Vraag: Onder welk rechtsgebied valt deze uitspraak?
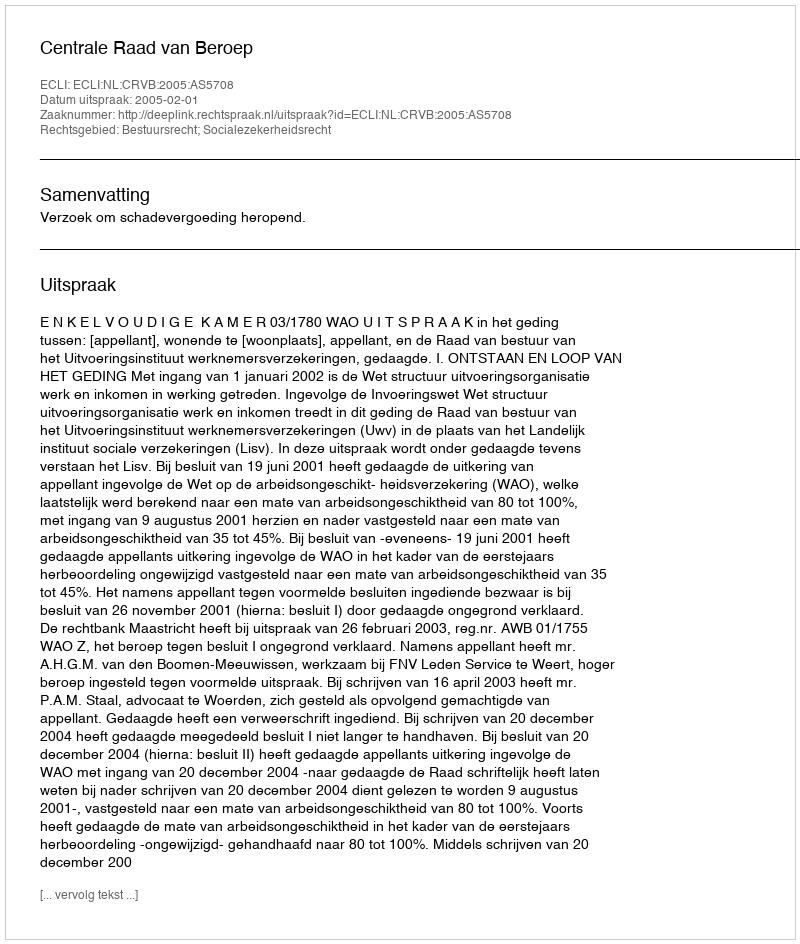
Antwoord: Bestuursrecht; Socialezekerheidsrecht